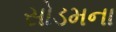
સોડમના